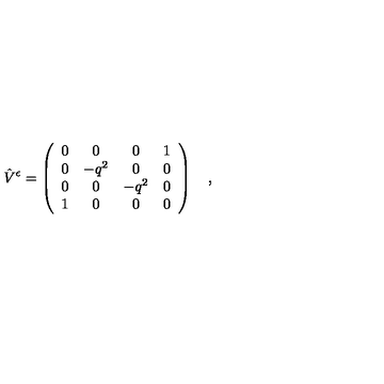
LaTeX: \hat { V } ^ { \epsilon } = \left( \begin{array} { c c c c } { 0 } & { 0 } & { 0 } & { 1 } \\ { 0 } & { - q ^ { 2 } } & { 0 } & { 0 } \\ { 0 } & { 0 } & { - q ^ { 2 } } & { 0 } \\ { 1 } & { 0 } & { 0 } & { 0 } \\ \end{array} \right) \quad , \quad